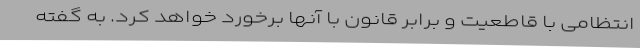
انتظامی با قاطعیت و برابر قانون با آنها برخورد خواهد کرد. به گفته